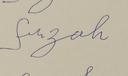
Signature authenticity: forged